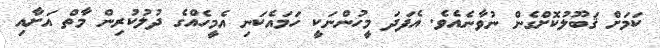
ކަމަށް ޤަބޫލުކޮށްގެން ނުވާނެއެވެ. އެފަދަ މީހުންނަކީ ހަމައެކަނި އެމީހެއްގެ ދުލުކުރިން މާތް އަށާއި